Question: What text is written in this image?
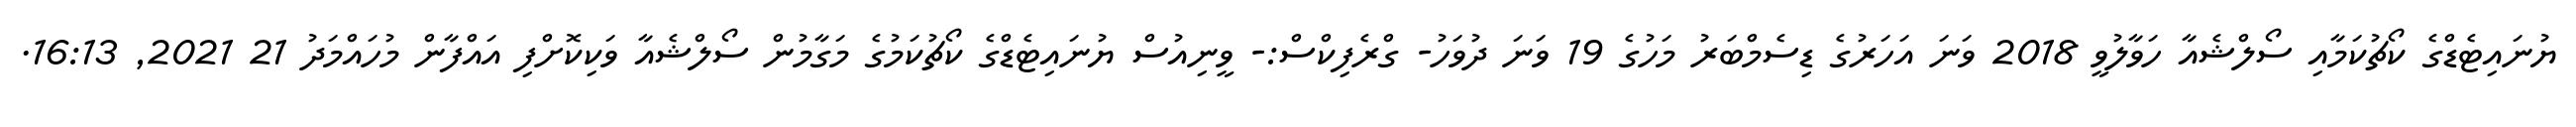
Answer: ޔުނައިޓެޑްގެ ކޯޗުކަމާއި ސޯލްޝެއާ ހަވާލުވީ 2018 ވަނަ އަހަރުގެ ޑިސެމްބަރު މަހުގެ 19 ވަނަ ދުވަހު- ގްރެފިކްސް:- ވީނިއުސް ޔުނައިޓެޑްގެ ކޯޗުކަމުގެ މަގާމުން ސޯލްޝެއާ ވަކިކޮށްފި އައްފާން މުހައްމަދު 21 2021, 16:13.